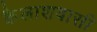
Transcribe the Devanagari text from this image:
कैलाशवासी